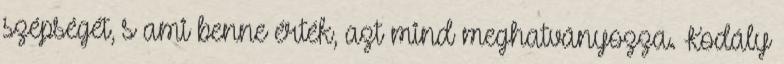
szépségét, s ami benne érték, azt mind meghatványozza. Kodály